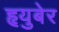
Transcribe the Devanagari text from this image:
हृयुबेर